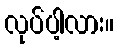
လုပ်ပါ့လား။